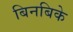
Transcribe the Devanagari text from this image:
बिनबिके